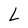
Character: L